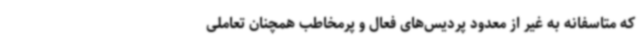
که متاسفانه به غیر از معدود پردیس‌های فعال و پرمخاطب همچنان تعاملی